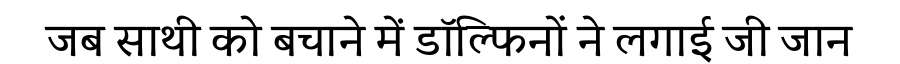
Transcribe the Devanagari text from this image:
जब साथी को बचाने में डॉल्फिनों ने लगाई जी जान